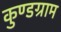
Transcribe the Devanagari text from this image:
कुण्डग्राम